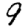
Digit: 9